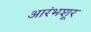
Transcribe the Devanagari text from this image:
आरंभशूर